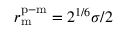
r _ { \mathrm { m } } ^ { \mathrm { p - m } } = 2 ^ { 1 / 6 } \sigma / 2